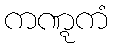
ကဏ္ဋကံ